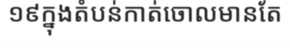
១៩ក្នុងតំបន់កាត់ចោលមានតែ